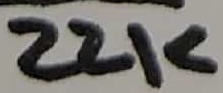
Text: 22K